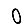
Digit: 0